Tezpur Lunatic Asylum reports 1877-1894 - 1877-1894
Year: 1877
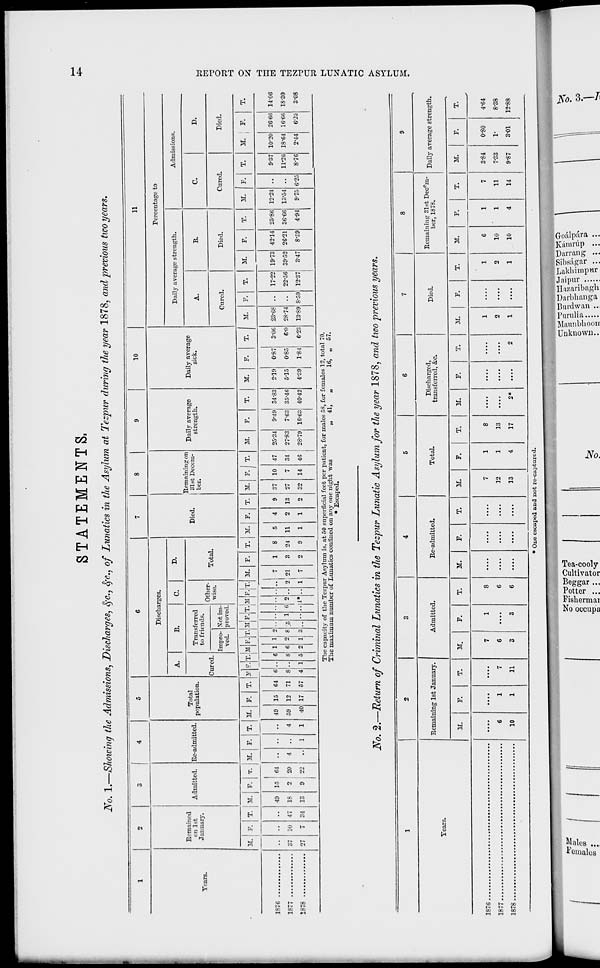
STATEMENTS.
i\ T 0. 1.—Showing the Admissions, Discharges, fye., Sfc., of Lunatics in the Asylum at Tezpur during the year 1878, and previous tivo years.
1
2
3
4
5
6
7
8
9
10
11
Remained
on 1st
January.
Admitted. Re-admitted.
Total
population.
Discharges.
Died.
Remaining on
31st Decem-
ber.
Daily average
strength.
Daily average
sick.
Percentage to
A.
B.
C.
D.
Daily average strength.
Admissions.
Tears.
Cured.
Transferred
to friends.
Other-
wise.
Total.
A.
B.
C.
D.
Impro-
ved.
Xot im-
proved.
Cured.
Died.
Cured.
Died.
n. F. T. M. F. T. 11. F. T. 11. F. T. y c\ T.M F.'lT.M'F.T.'M F.T.
1
1 1 1 i 1 1 1
11. P. T. 11. F. T. 11. F. j T.
If.
P.
T.
11.
P.
T.
11.
P.
T.
11.
F.
T.
11.
P.
T.
11.
F.
i
T.
lo<i »•■••••••••••#
1878
37
27
10
7
47
34
40
18
13
15
2
9
C4
20
22
4
1
4
1
49
59
40
15
12
17
G4
71
57
6
8
4 1
6
8
5
1
6
2
1
2
1
o
8
3
;5 1 6 o
l»
•• 2
1
7
21
7
1
3
2
8
24
9
5
11
1
4
2
1
9
13
2
37
27
32
10
7
14
47
34
46
25-34
27-83
28-79
9-J9
7-03
16-63
34-33
35-46
40-42
2-19
5-15
4'39
0-87
0-85
1-84
3-0(i
6-0
6-23
23-68
28-74
13-89 8-59
17-22
22-56
12-37
19-73
39-52
3-47
42-14
26-21
8-S9
25-86
36-66
4-94
12-21
13-54
9-75 6-25
9-37
11-26
8-76
10-20
18-64
2-44
26-66
16-66
6-25
14-06
1S-30
3-08
1
The capacity of the Tezpur Asylum is. at 50 superficial feet per patient, for males 58, for females 12, total 70.
The maximum number of Lunatics confined on any one night was
„ 41,
„
16, „ 57.
* Escaped.
■ No. 2.—Return of Criminal Lunatics in the Tezpur Lunatic Asylum for the year 1878, and two previous years.
1
2
3
4
5
6
7
8
9
Tears.
Remaining 1st January.
Admitted.
Re-admitted.
Total.
Discharged,
transferred, &c
Died.
Remaining 31st Dec p m-
ber, 1878.
Daily average strength.
11.
P.
T.
11.
F.
T.
11.
F.
T.
11.
F.
T.
11.
F.
T.
11.
F.
T.
11.
F.
T.
11.
F.
T.
6
10
1
1
7
11
7
6
3
1
3
8
6
6
....
....
....
7
12
13
1
1
4
8
13
17
2*
2
1
2
1
....
1
2
1
6
10
10
1
1
4
7
11
14
3-84
7*33
9-87
0-80
1-
3-01
4-64
8-38
12-88
1877
1878
1 One escaped and not re-captured.
g^^W^H
a
a
S3
*5 S3
CD
1 S»
o
o
O
e £T ~ = » » ~. 2_ cr 2 E'S
0 i!L si ■< cr" H 5 S»ao 2 2"?
r o
«5f
fed
a
<-d
O
fed
H
O
si
fed
H3
fed
M
■-d
fed
d
►
H
i—i
O
>
t»
*j
d
!>i